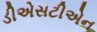
ડીએસટીએન